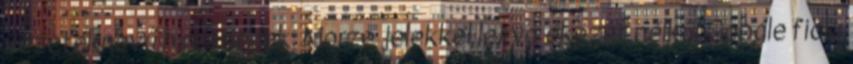
vezetéknevű hírességek: Morze jelekkel leírva ékezet nélkül Google fiók: